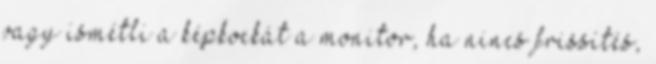
vagy ismétli a képkockát a monitor, ha nincs frissítés,